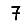
Digit: 7